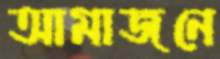
আমাজনে